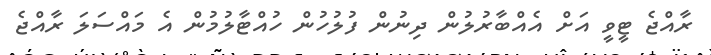
ރާއްޖެ ޓީވީ އަށް އެއްބާރުލުން ދިނުން ފުލުހުން ހުއްޓާލުމުން އެ މައްސަލަ ރާއްޖެ